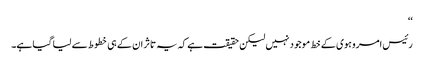
‘‘
رئیس امروہوی کے خط موجود نہیں لیکن حقیقت ہے کہ یہ تاثر ان کے ہی خطوط سے لیا گیا ہے۔